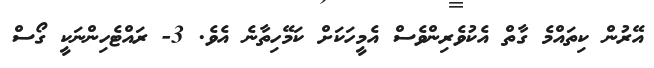
އޭރުން ކިތައްމެ ގާތް އެކުވެރިންވެސް އެމީހަކަށް ކަމޭހިތާނެ އެވެ. 3- ރައްޓެހިންނަކީ ގޯސް